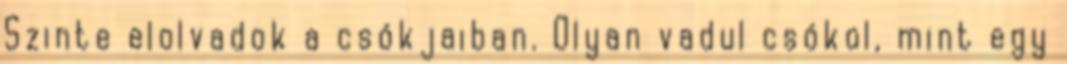
Szinte elolvadok a csókjaiban. Olyan vadul csókol, mint egy